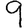
Digit: 9